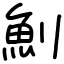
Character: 魝